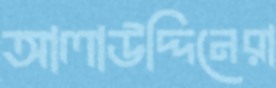
আলাউদ্দিনেরা